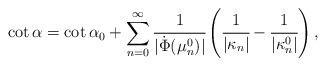
LaTeX: \begin{align*}\cot \alpha = \cot \alpha_0 + \sum_{n=0}^{\infty} \cfrac{1}{|\dot\Phi (\mu_n^0)|} \left( \cfrac{1}{|\kappa_n|} - \cfrac{1}{|\kappa_n^0|} \right),\end{align*}